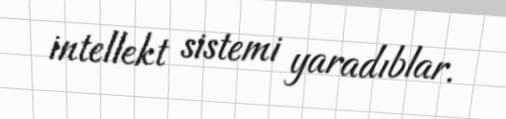
intellekt sistemi yaradıblar.